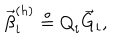
\vec { \beta } _ { i } ^ { ( h ) } \stackrel { \circ } { = } { Q } _ { i } \vec { G } _ { i } ,